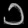
Digit: ၁